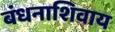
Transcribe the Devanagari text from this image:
बंधनाशिवाय